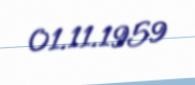
01.11.1959